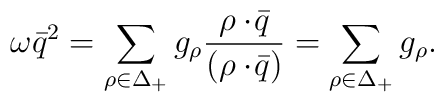
\omega\bar{q}^2=\sum_{\rho\in\Delta_+}g_{\rho}{\rho\cdot\!\bar{q}\over{(\rho\cdot\!\bar{q})}}=\sum_{\rho\in\Delta_+}g_{\rho}.